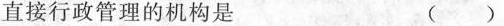
直接行政管理的机构是 ()